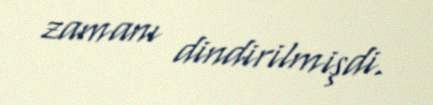
zamanı dindirilmişdi.